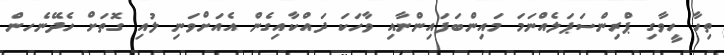
ތިހާ ހީވާގި ޕްރިންސަޕަލެއްނަމަ މައިންބަފައިންނާއި ވާހަކަ ދައްކާއިގެން އެއަށްވަނި ލުއި ގޮތަށް ހެދޭނެހން